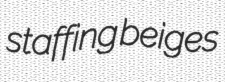
staffing beiges